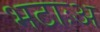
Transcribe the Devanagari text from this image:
भटाःअ